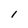
Character: l